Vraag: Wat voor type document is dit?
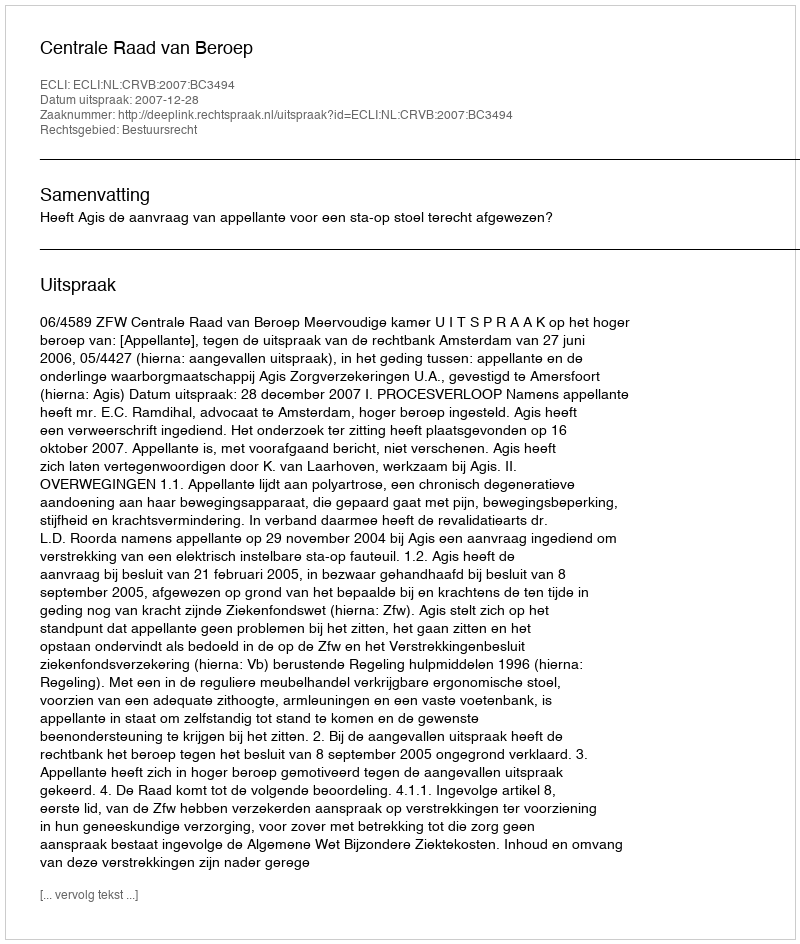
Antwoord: Uitspraak